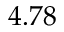
4 . 7 8